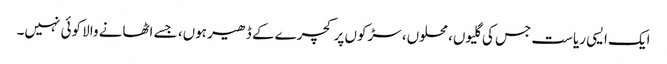
ایک ایسی ریاست جس کی گلیوں، محلوں، سڑکوں پر کچرے کے ڈھیر ہوں، جسے اٹھانے والا کوئی نہیں۔